Vaccination in Burma 1912-1922 - 1912-1922
Year: 1912
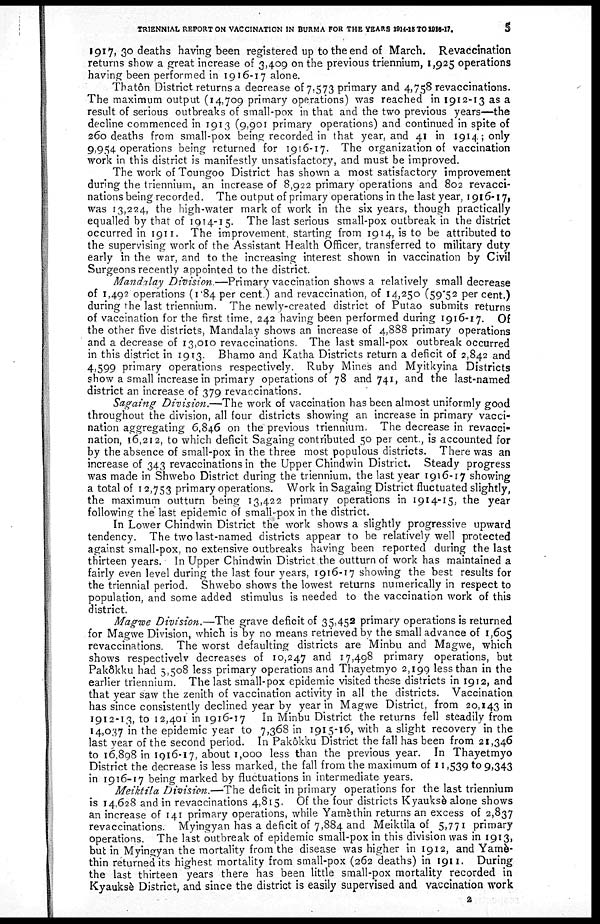
TRIENNIAL REPORT ON VACCINATION IN BURMA FOR THE YEARS 1914-15 TO 1916-17.
5
1917, 30 deaths having been registered up to the end of March. Revaccination
returns show a great increase of 3,409 on the previous triennium, 1,925 operations
having been performed in 1916-17 alone.
Thatôn District returns a decrease of 7,573 primary and 4,758 revaccinations.
The maximum output (14,709 primary operations) was reached in 1912-13 as a
result of serious outbreaks of small-pox in that and the two previous years—the
decline commenced in 1913 (9,901 primary operations) and continued in spite of
260 deaths from small-pox being recorded in that year, and 41 in 1914; only
9,954 operations being returned for 1916-17. The organization of vaccination
work in this district is manifestly unsatisfactory, and must be improved.
The work of Toungoo District has shown a most satisfactory improvement
during the triennium, an increase of 8,922 primary operations and 802 revacci-
nations being recorded. The output of primary operations in the last year, 1916-17,
was 13,224, the high-water mark of work in the six years, though practically
equalled by that of 1914-15. The last serious small-pox outbreak in the district
occurred in 1911. The improvement, starting from 1914, is to be attributed to
the supervising work of the Assistant Health Officer, transferred to military duty
early in the war, and to the increasing interest shown in vaccination by Civil
Surgeons recently appointed to the district.
Mandalay Division.—Primary vaccination shows a relatively small decrease
of 1,492 operations (1.84 per cent.) and revaccination, of 14,250 (59.52 per cent.)
during the last triennium. The newly-created district of Putao submits returns
of vaccination for the first time, 242 having been performed during 1916-17. Of
the other five districts, Mandalay shows an increase of 4,888 primary operations
and a decrease of 13,010 revaccinations. The last small-pox outbreak occurred
in this district in 1913. Bhamo and Katha Districts return a deficit of 2,842 and
4,599 primary operations respectively. Ruby Mines and Myitkyina Districts
show a small increase in primary operations of 78 and 741, and the last-named
district an increase of 379 revaccinations.
Sagaing Division.—The work of vaccination has been almost uniformly good
throughout the division, all four districts showing an increase in primary vacci-
nation aggregating 6,846 on the previous triennium. The decrease in revacci-
nation, 16,212, to which deficit Sagaing contributed 50 per cent., is accounted for
by the absence of small-pox in the three most populous districts. There was an
increase of 343 revaccinations in the Upper Chindwin District. Steady progress
was made in Shwebo District during the triennium, the last year 1916-17 showing
a total of 12,753 primary operations. Work in Sagaing District fluctuated slightly,
the maximum outturn being 13,422 primary operations in 1914-15, the year
following the last epidemic of small-pox in the district.
In Lower Chindwin District the work shows a slightly progressive upward
tendency. The two last-named districts appear to be relatively well protected
against small-pox, no extensive outbreaks having been reported during the last
thirteen years. In Upper Chindwin District the outturn of work has maintained a
fairly even level during the last four years, 1916-17 showing the best results for
the triennial period. Shwebo shows the lowest returns numerically in respect to
population, and some added stimulus is needed to the vaccination work of this
district.
Magwe Division.—The grave deficit of 35,452 primary operations is returned
for Magwe Division, which is by no means retrieved by the small advance of 1,605
revaccinations. The worst defaulting districts are Minbu and Magwe, which
shows respectively decreases of 10,247 and 17,498 primary operations, but
Pakôkku had 5,508 less primary operations and Thayetmyo 2,199 less than in the
earlier triennium. The last small-pox epidemic visited these districts in 1912, and
that year saw the zenith of vaccination activity in all the districts. Vaccination
has since consistently declined year by year in Magwe District, from 20,143 in
1912-13, to 12,401 in 1916-17 In Minbu District the returns fell steadily from
14,037 in the epidemic year to 7,368 in 1915-16, with a slight recovery in the
last year of the second period. In Pakôkku District the fall has been from 21,346
to 16,898 in 1916-17, about 1,000 less than the previous year. In Thayetmyo
District the decrease is less marked, the fall from the maximum of 11,539 to 9,343
in 1916-17 being marked by fluctuations in intermediate years.
Meiktila Division.—The deficit in primary operations for the last triennium
is 14,628 and in revaccinations 4,815. Of the four districts Kyauksè alone shows
an increase of 141 primary operations, while Yamèthin returns an excess of 2,837
revaccinations. Myingyan has a deficit of 7,884 and Meiktila of 5,771 primary
operations. The last outbreak of epidemic small-pox in this division was in 1913,
but in Myingyan the mortality from the disease was higher in 1912, and Yamè-
thin returned its highest mortality from small-pox (262 deaths) in 1911. During
the last thirteen years there has been little small-pox mortality recorded in
Kyauksè District, and since the district is easily supervised and vaccination work
2